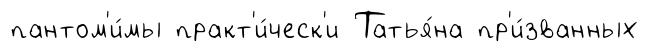
пантом'и́мы практ'и́ческ'и Татья́на пр'и́званных